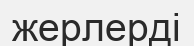
жерлерді